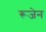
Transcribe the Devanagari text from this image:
रूजेन